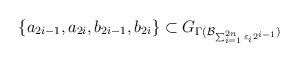
\begin{align*}\{a_{2i-1}, a_{2i}, b_{2i-1}, b_{2i} \} \subset G_{\Gamma( \mathcal{B}_{\sum_{i=1}^{2n} \varepsilon_{i} 2^{i-1}})}\end{align*}